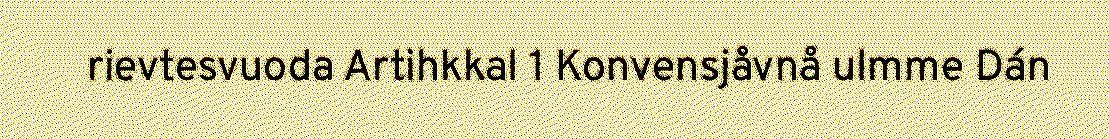
rievtesvuoda Artihkkal 1 Konvensjåvnå ulmme Dán